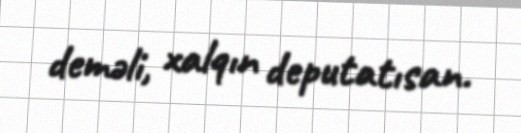
deməli, xalqın deputatısan.